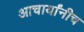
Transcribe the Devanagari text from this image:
आचार्यांनीच